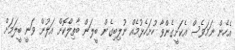
އެހެން ނަމަވެސް އެކަށީގެންވާ ހުށަހެޅުމެއް ނުލިބިގެން ބީލަން ބާތިލްކޮށް އަލުން ވަނީ ބީލަމަށް